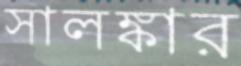
সালঙ্কার